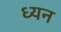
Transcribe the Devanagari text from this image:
ध्यन